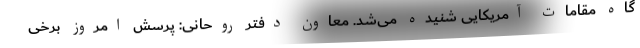
گاه مقامات آمریکایی شنیده می‌شد. معاون دفتر روحانی: پرسش امروز برخی